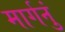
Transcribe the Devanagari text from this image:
मार्गनुं